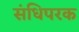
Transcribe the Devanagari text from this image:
संधिपरक